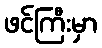
ဖင်ကြီးမှာ